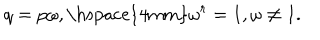
q = p \omega , \mathrm { \hspace { 4 m m } } \omega ^ { r } = 1 , \omega \neq 1 .